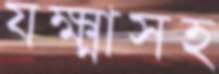
যক্ষ্মাসহ